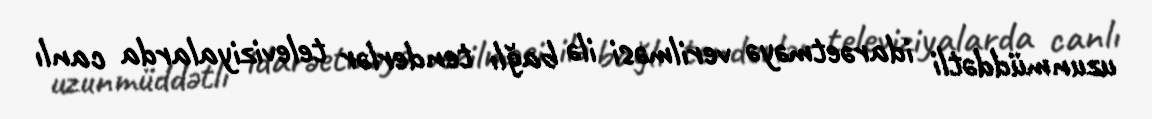
uzunmüddətli idarəetməyə verilməsi ilə bağlı tenderlər televiziyalarda canlı